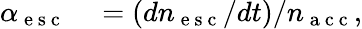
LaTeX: \begin{array}{rl}{\alpha_{\mathrm{~e~s~c~}}}&{{}=(dn_{\mathrm{~e~s~c~}}/dt)/n_{\mathrm{~a~c~c~}},}\end{array}